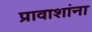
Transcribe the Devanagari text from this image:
प्रावाशांना